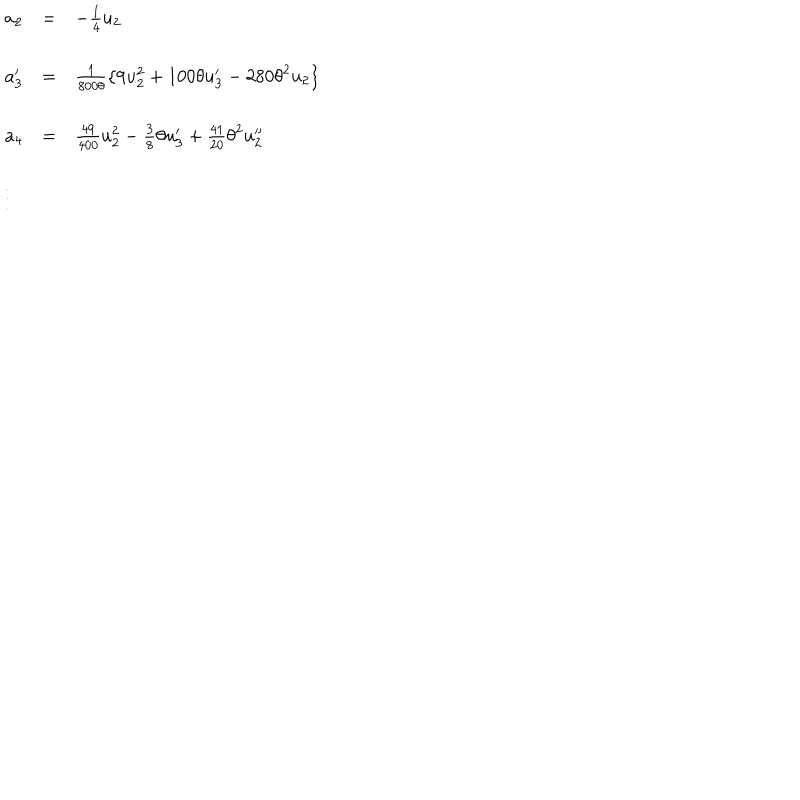
\begin{array} { l c l } { { a _ { 2 } } } & { { = } } & { { - \frac { 1 } { 4 } u _ { 2 } } } \\ { { a _ { 3 } ^ { \prime } } } & { { = } } & { { \frac { 1 } { 8 0 0 \theta } \{ 9 u _ { 2 } ^ { 2 } + 1 0 0 \theta u _ { 3 } ^ { \prime } - 2 8 0 { \theta } ^ { 2 } u _ { 2 } \} } } \\ { { a _ { 4 } } } & { { = } } & { { \frac { 4 9 } { 4 0 0 } u _ { 2 } ^ { 2 } - \frac { 3 } { 8 } \theta u _ { 3 } ^ { \prime } + \frac { 4 1 } { 2 0 } { \theta } ^ { 2 } u _ { 2 } ^ { \prime \prime } } } \\ { { \vdots } } \\ \end{array}